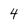
Character: 4